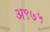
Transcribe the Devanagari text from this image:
अ९७५